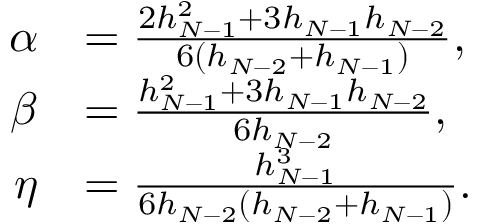
{ \begin{array} { r l } { \alpha } & { = { \frac { 2 h _ { N - 1 } ^ { 2 } + 3 h _ { N - 1 } h _ { N - 2 } } { 6 ( h _ { N - 2 } + h _ { N - 1 } ) } } , } \\ { \beta } & { = { \frac { h _ { N - 1 } ^ { 2 } + 3 h _ { N - 1 } h _ { N - 2 } } { 6 h _ { N - 2 } } } , } \\ { \eta } & { = { \frac { h _ { N - 1 } ^ { 3 } } { 6 h _ { N - 2 } ( h _ { N - 2 } + h _ { N - 1 } ) } } . } \end{array} }